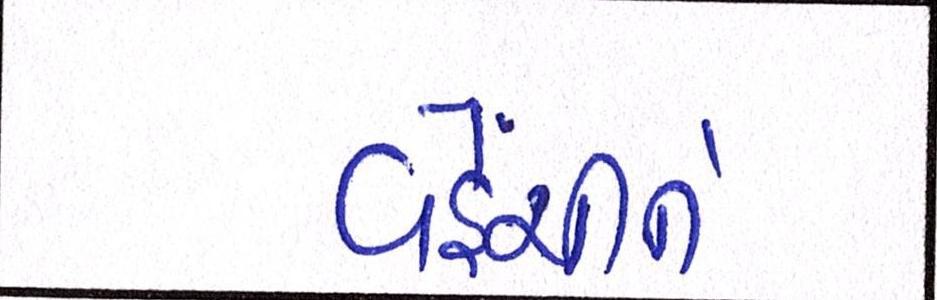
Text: વહેંચીને